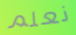
نعلم